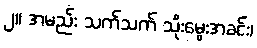
၂။ အမည်း သက်သက် သိုးမွေးအခင်း၊